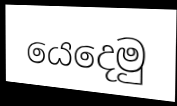
යෙදෙමු